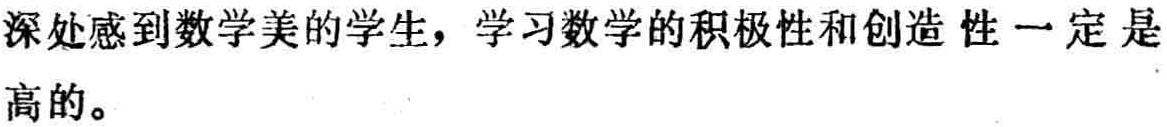
深处感到数学美的学生，学习数学的积极性和创造性一定是高的。